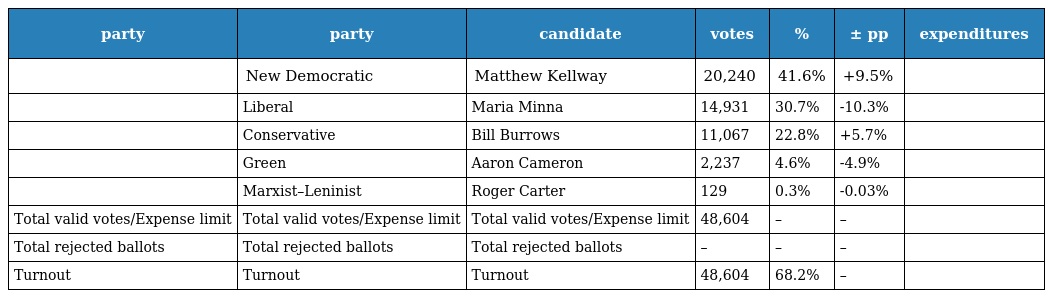
| party | party | candidate | votes | % | ± pp | expenditures |
 | --- | --- | --- | --- | --- | --- | --- |
 |  | New Democratic | Matthew Kellway | 20,240 | 41.6% | +9.5% |  |
 |  | Liberal | Maria Minna | 14,931 | 30.7% | -10.3% |  |
 |  | Conservative | Bill Burrows | 11,067 | 22.8% | +5.7% |  |
 |  | Green | Aaron Cameron | 2,237 | 4.6% | -4.9% |  |
 |  | Marxist–Leninist | Roger Carter | 129 | 0.3% | -0.03% |  |
 | Total valid votes/Expense limit | Total valid votes/Expense limit | Total valid votes/Expense limit | 48,604 | – | – |  |
 | Total rejected ballots | Total rejected ballots | Total rejected ballots | – | – | – |  |
 | Turnout | Turnout | Turnout | 48,604 | 68.2% | – |  |